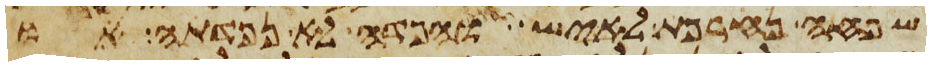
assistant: שפחה נחרפת לאיש והפדה לא נפדתה או